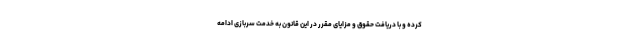
کرده و با دریافت حقوق و مزایای مقرر در این قانون به خدمت سربازی ادامه